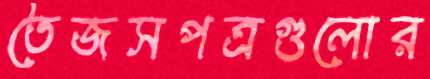
তৈজসপত্রগুলোর